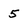
Character: 5